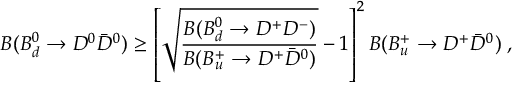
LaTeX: { \cal B } ( B _ { d } ^ { 0 } \rightarrow D ^ { 0 } \bar { D } ^ { 0 } ) \geq \left[ \sqrt { \frac { { \cal B } ( B _ { d } ^ { 0 } \rightarrow D ^ { + } D ^ { - } ) } { { \cal B } ( B _ { u } ^ { + } \rightarrow D ^ { + } \bar { D } ^ { 0 } ) } } - 1 \right] ^ { 2 } { \cal B } ( B _ { u } ^ { + } \rightarrow D ^ { + } \bar { D } ^ { 0 } ) \; ,